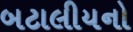
બટાલીયનો